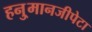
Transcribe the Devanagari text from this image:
हनु्मानजीपेटा